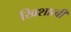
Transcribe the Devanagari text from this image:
खिशात्बी